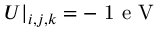
U | _ { i , j , k } = - \mathrm { ~ 1 ~ e ~ V ~ }